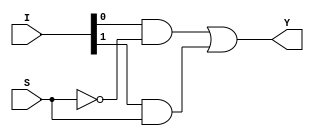
module two_to_one_mux
(
	Y,
	I,
	S
);

	output Y;
	input [1:0] I;
	input S;

	assign Y = (I[0] & ~S) | (I[1] & S);
endmodule